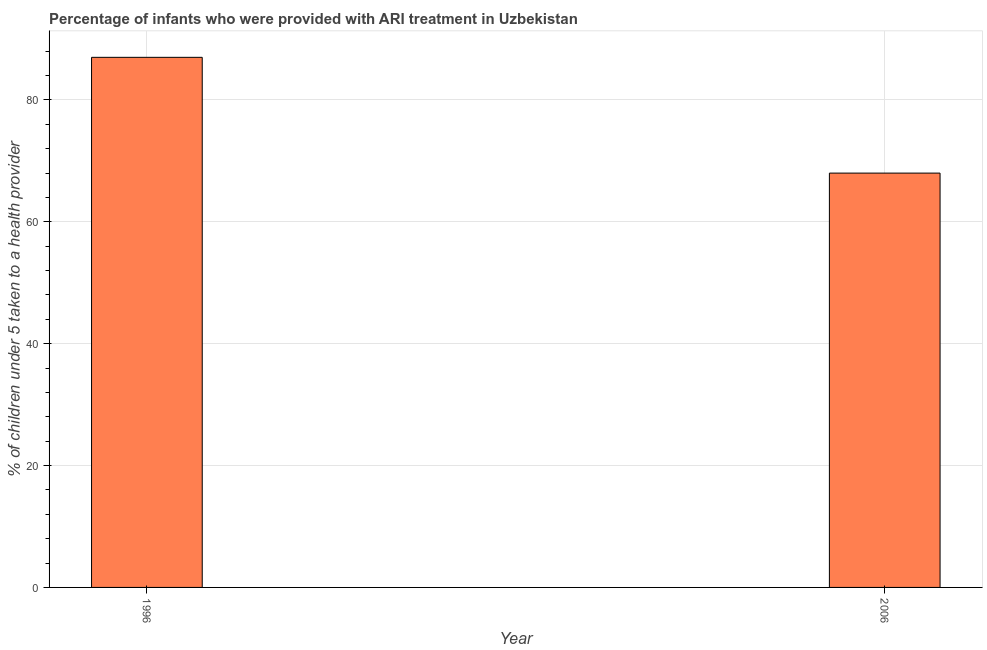
| Year | ARI treatment |
 | --- | --- |
 | 1996 | 87 |
 | 2006 | 68 |